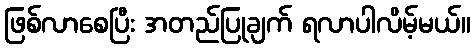
ဖြစ်လာစေပြီး အတည်ပြုချက် ရလာပါလိမ့်မယ်။